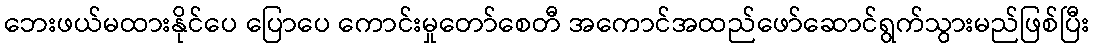
ဘေးဖယ်မထားနိုင်ပေ ပြောပေ ကောင်းမှုတော်စေတီ အကောင်အထည်ဖော်ဆောင်ရွက်သွားမည်ဖြစ်ပြီး